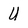
Character: U